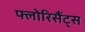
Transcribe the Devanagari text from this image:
फ्लोरिसैंट्स